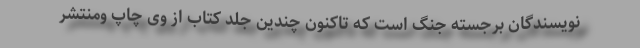
نویسندگان برجسته جنگ است که تاکنون چندین جلد کتاب از وی چاپ ومنتشر